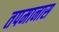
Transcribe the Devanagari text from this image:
तपमानास